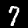
Digit: 7